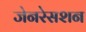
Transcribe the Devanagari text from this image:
जेनरेसशन